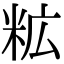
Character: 𮇋